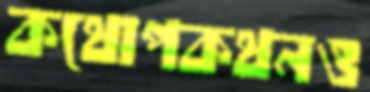
কথোপকথনও